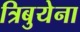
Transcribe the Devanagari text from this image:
त्रिबुयेना